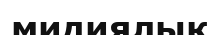
мидиялық